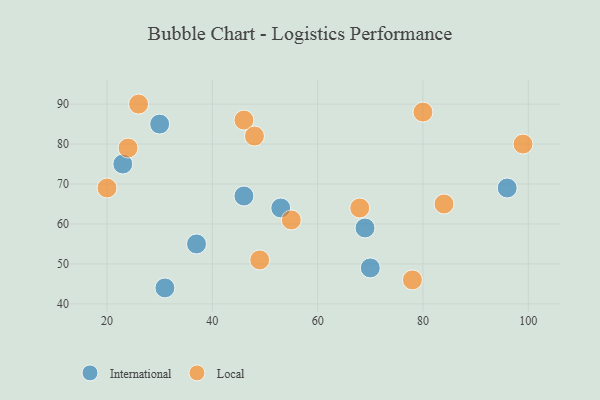
{"axis": {"x": "GDP", "y": "Life Expectancy"}, "legend": ["International", "Local"], "data": [{"x": "46", "y": 67, "type": "International"}, {"x": "30", "y": 85, "type": "International"}, {"x": "70", "y": 49, "type": "International"}, {"x": "96", "y": 69, "type": "International"}, {"x": "37", "y": 55, "type": "International"}, {"x": "53", "y": 64, "type": "International"}, {"x": "31", "y": 44, "type": "International"}, {"x": "69", "y": 59, "type": "International"}, {"x": "23", "y": 75, "type": "International"}, {"x": "80", "y": 88, "type": "Local"}, {"x": "68", "y": 64, "type": "Local"}, {"x": "46", "y": 86, "type": "Local"}, {"x": "26", "y": 90, "type": "Local"}, {"x": "55", "y": 61, "type": "Local"}, {"x": "49", "y": 51, "type": "Local"}, {"x": "48", "y": 82, "type": "Local"}, {"x": "20", "y": 69, "type": "Local"}, {"x": "78", "y": 46, "type": "Local"}, {"x": "24", "y": 79, "type": "Local"}, {"x": "84", "y": 65, "type": "Local"}, {"x": "99", "y": 80, "type": "Local"}]}